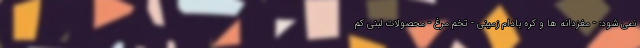
نمی شود: - مغزدانه ها و کره بادام زمینی - تخم مرغ - محصولات لبنی کم